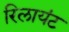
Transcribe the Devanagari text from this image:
रिलायंट